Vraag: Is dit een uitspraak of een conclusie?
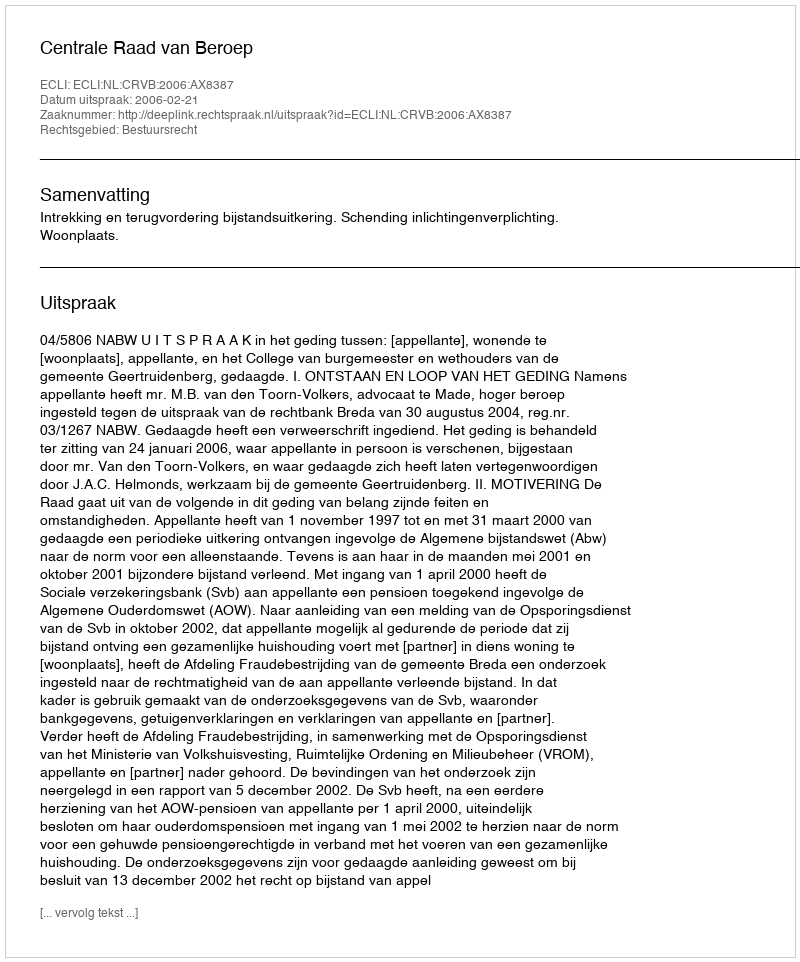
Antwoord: Uitspraak